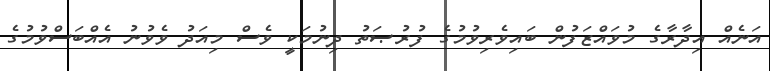
އަނެއް އިދާރާގެ މުވައްޒަފުން ބައިވެރިވުމުގެ ފުރުޞަތު ދިނުމަކީ ވެސް މިއަދު ވެވުނު އެއްބަސްވުމުގެ